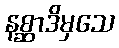
နစ္ဆာဒိမှသေ